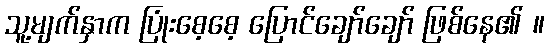
သူ့မျက်နှာက ပြုံးစေ့စေ့ ပြောင်ချော်ချော် ဖြစ်နေ၏ ။